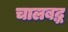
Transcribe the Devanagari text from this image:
चालबद्ध